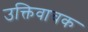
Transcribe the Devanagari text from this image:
उक्तिवाचक